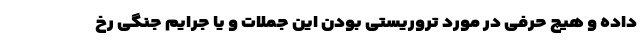
داده و هیچ حرفی در مورد تروریستی بودن این جملات و یا جرایم جنگی رخ